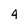
Character: 4